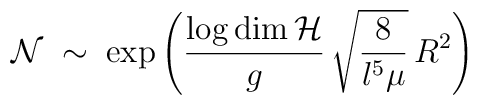
{\cal N}\;\sim\;\exp\left(\frac{\log\dim{\cal H}}{g}\,\sqrt{\frac{8}{l^{5}\mu}}\,R^{2}\right)